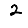
Digit: 2